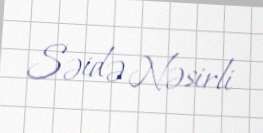
Səidə Nəsirli